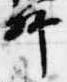
卿